Jaan_Tonisson_(Lasteleht), lk 273
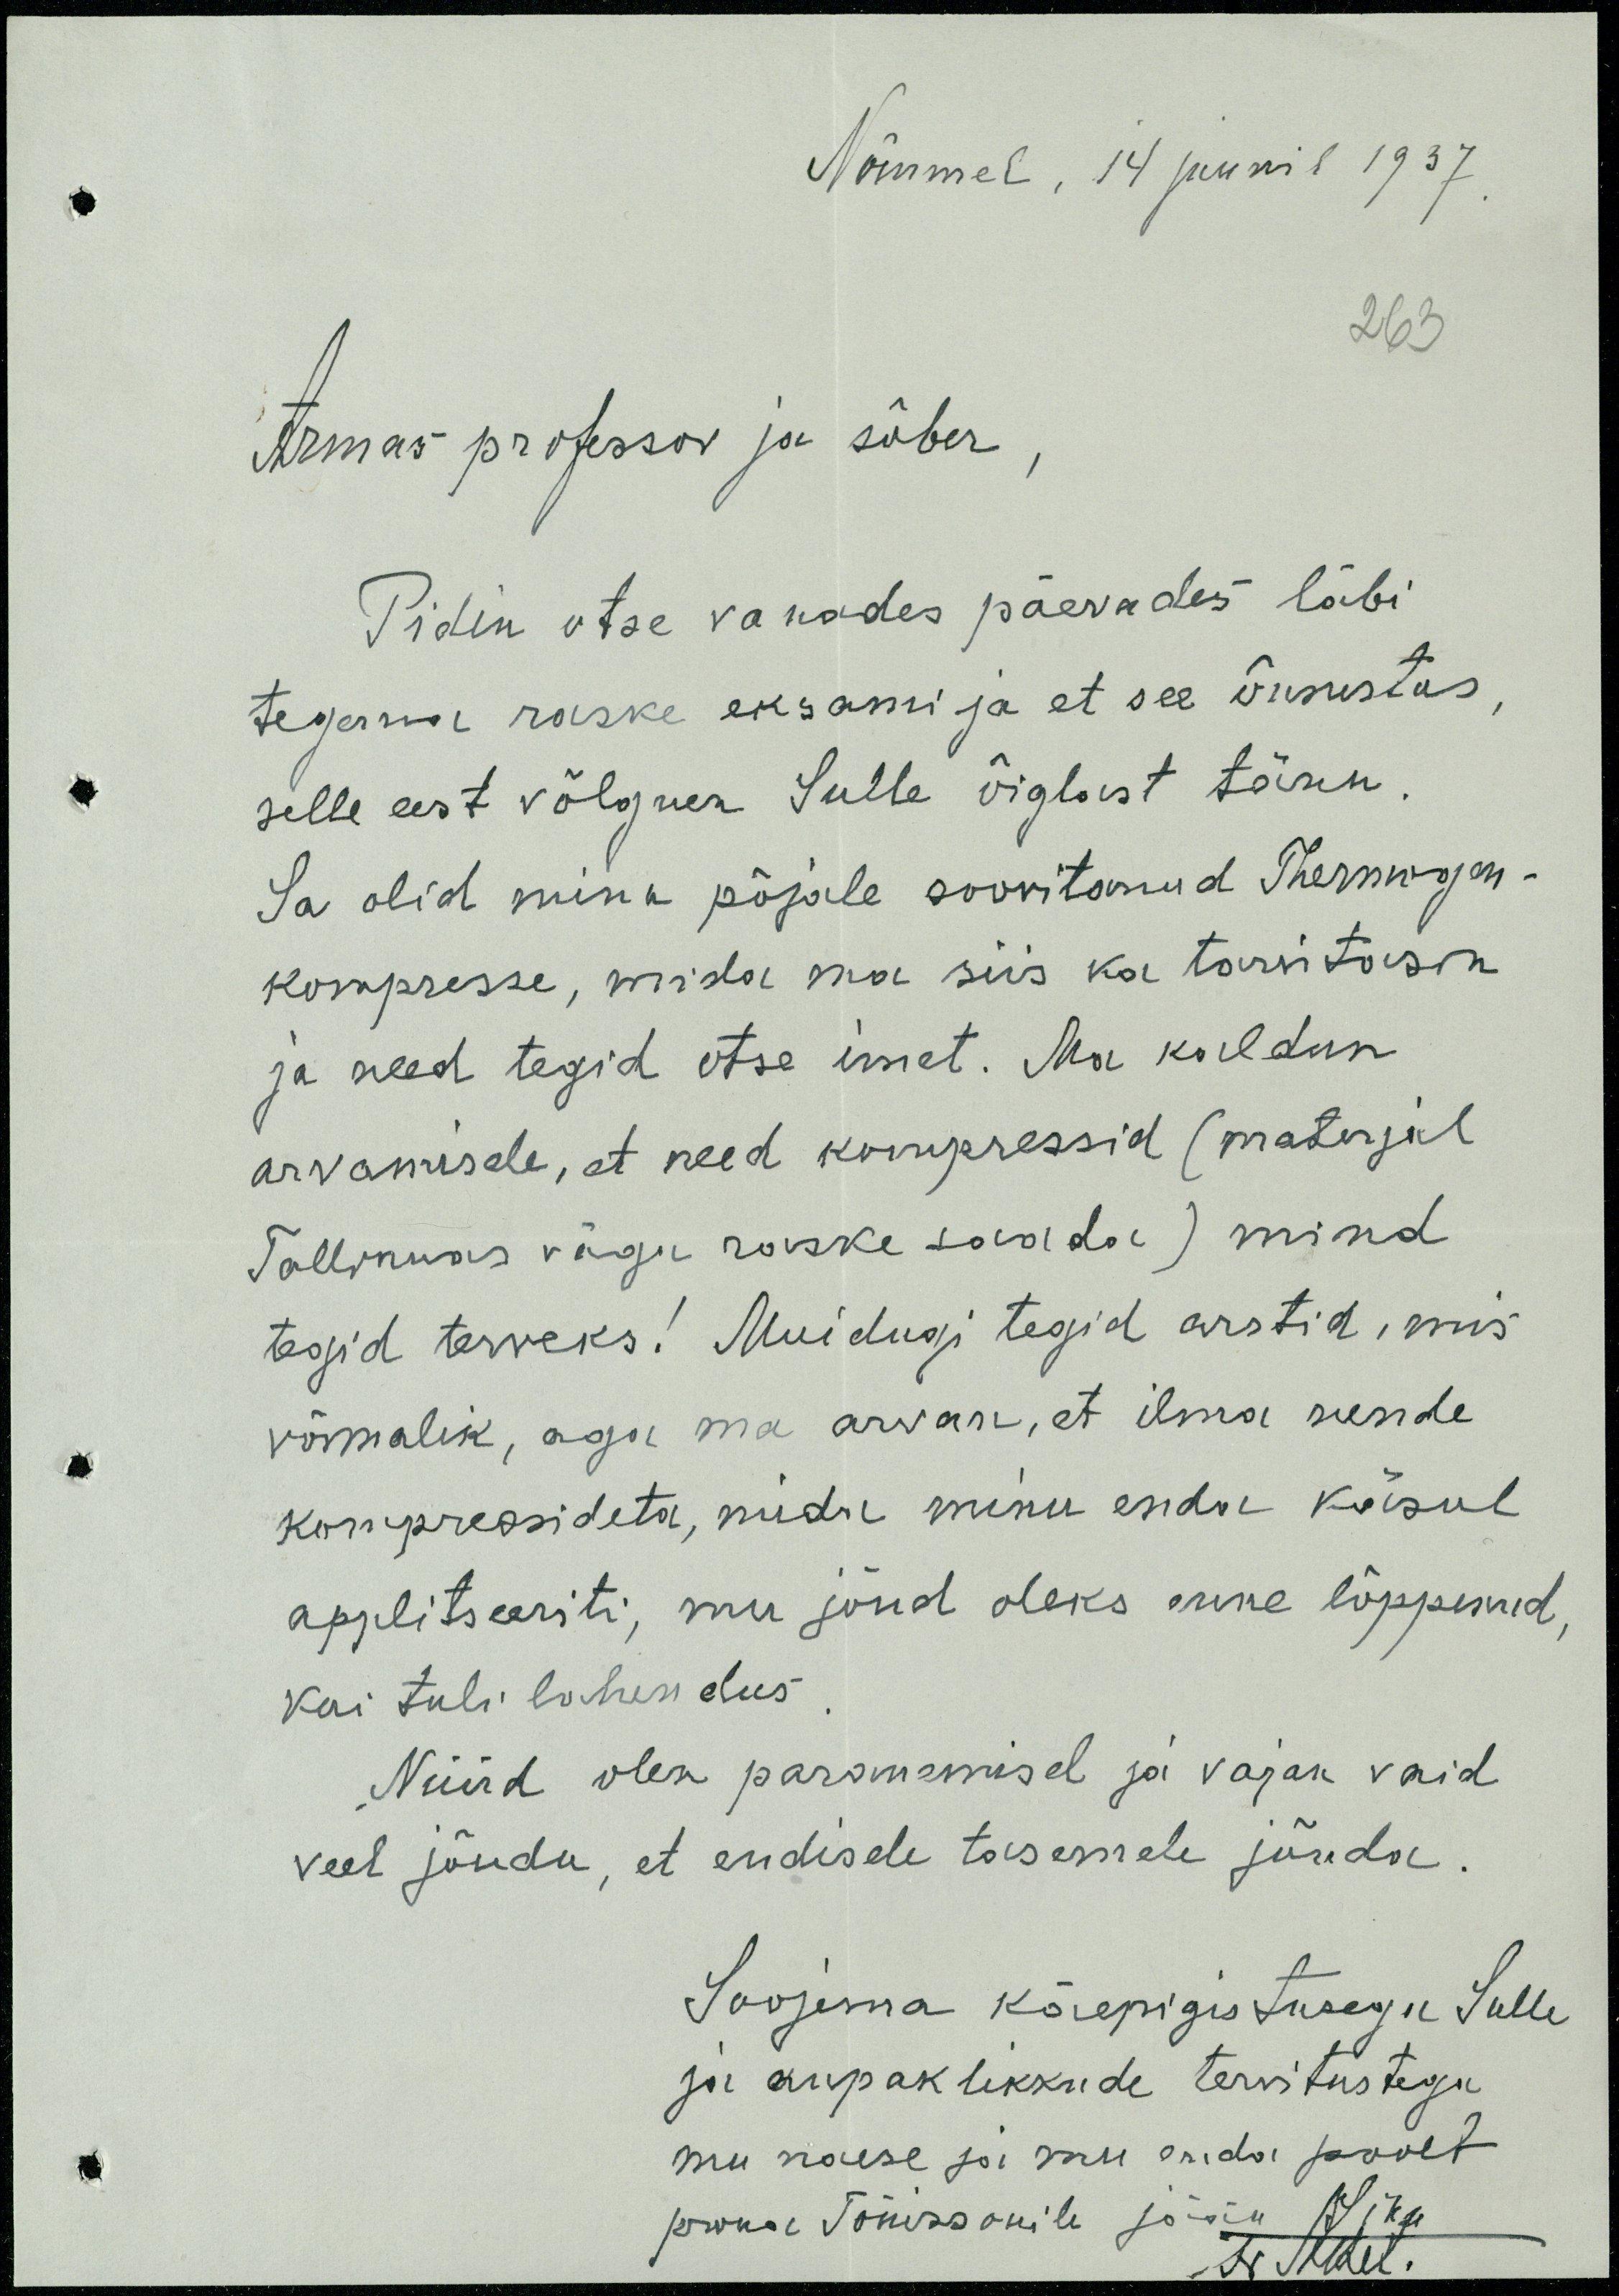
Nõmmel, 14 juunil 1937.
263
Armas professor ja sõber,
Pidin otse vanades päevades läbi
tegema raske eksami ja et see õnnestus
selle eest võlgnen sulle õiglast tänu.
Sa olid minu pojale soovitanud Thermojon-
kompresse, mida ma siis ka tarvitasin
ja need tegid otse imet. Ma kaldun
arvamisele, et need kompressid (materjal
Tallinnas vägu raske saada) mind
tegid terveks! Muidugi tegid arstid, mis
võimalik, aga ma arvan, et ilma nende
kompressideta, mida minu enda käsul
applitseeriti, mu jõud oleks enne lõppenud,
kui tuli lahendus.
Nüüd olen paranemisel ja vajan vaid
veel jõudu, et endisele tasemele jõuda.
Soojema käepigistusega Sulle
ja aupaklikkude tervitustega
mu naese ja mu enda poolt
proua Tõnissonile järele
Sika
N. Tööel.